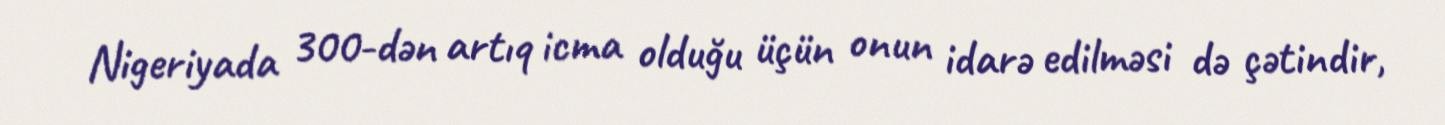
Nigeriyada 300-dən artıq icma olduğu üçün onun idarə edilməsi də çətindir,